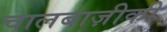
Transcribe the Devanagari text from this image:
चालबाज़ीकी